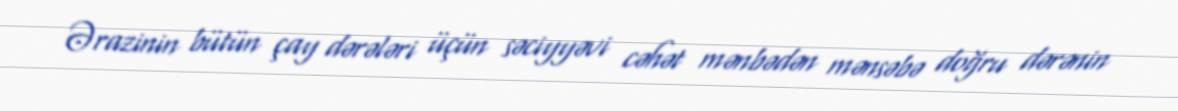
Ərazinin bütün çay dərələri üçün səciyyəvi cəhət mənbədən mənsəbə doğru dərənin